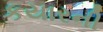
કયારની